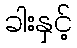
ခါးနှင့်